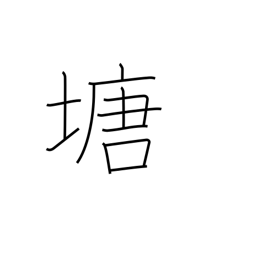
Meaning: dike